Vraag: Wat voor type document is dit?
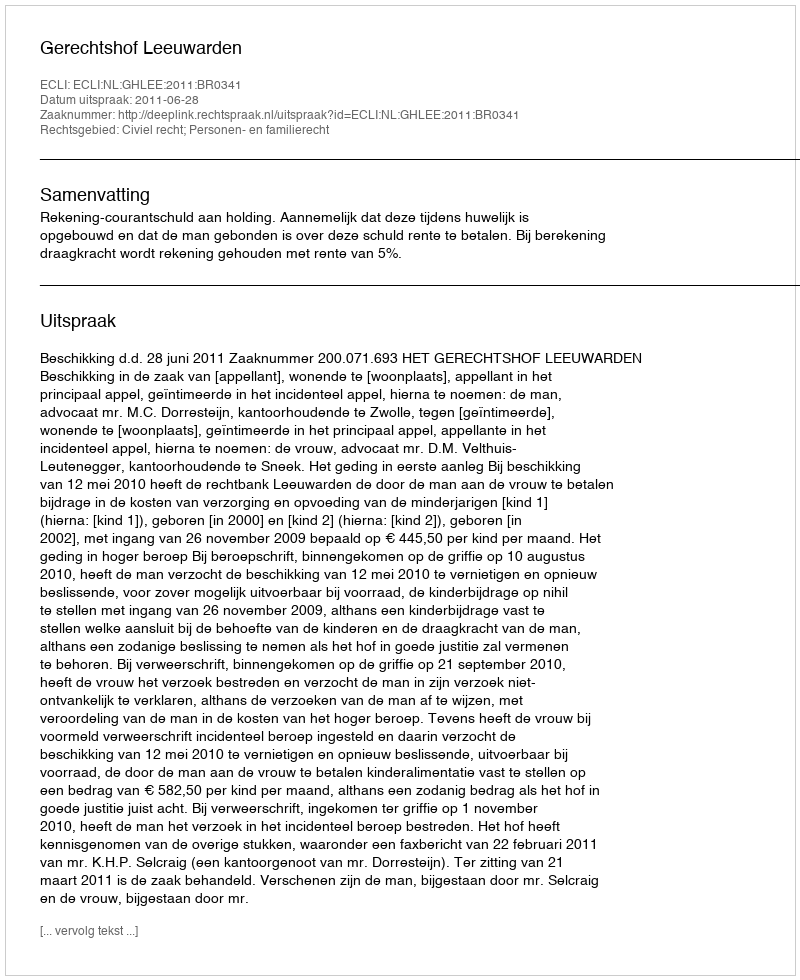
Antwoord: Uitspraak